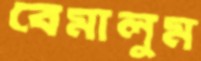
বেমালুম